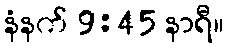
နံနက် 9:45 နာရီ။